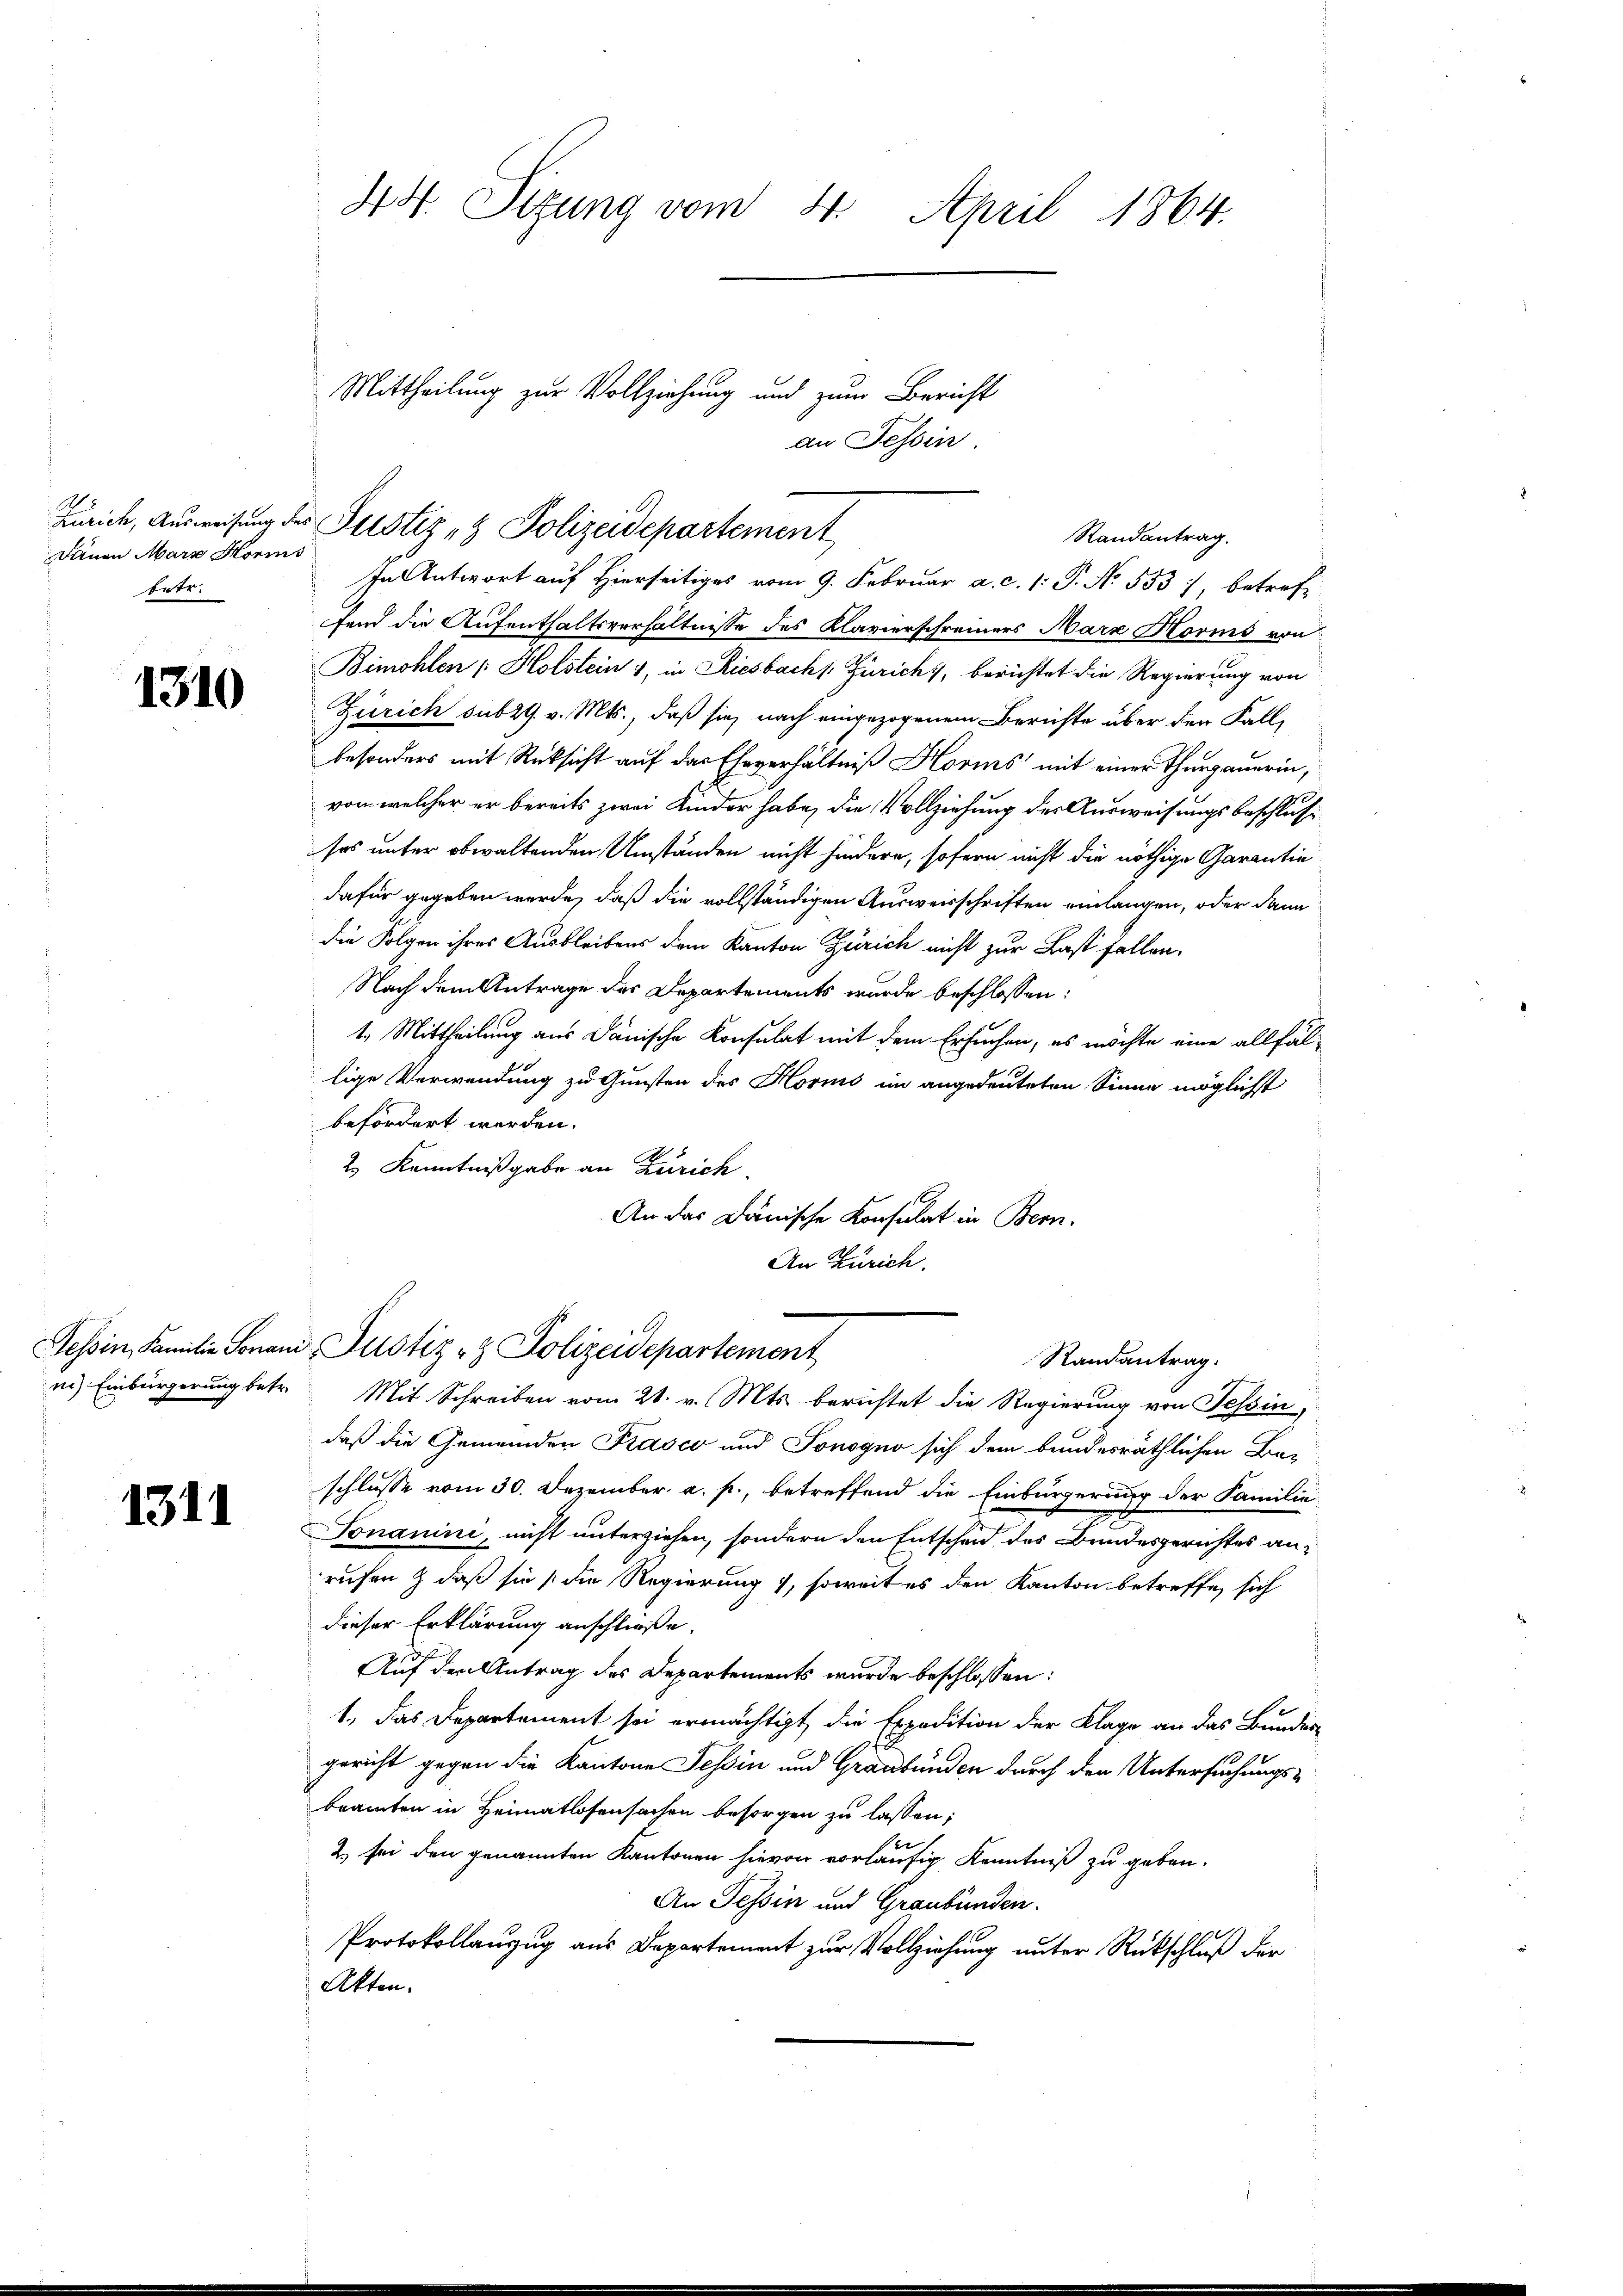
Zürich, Ausweisung de
Dänen Marc Horis
betr.

1310

Tessin, Familie Sonan
n.) Einbürgerung betr.

1311

44. Sitzung vom 4. April 1864.

Mittheilung zur Vollziehung und zum Bericht
an Tessin.
 Justiz- & Polizeidepartement
Randantrag.

In Antwort auf Hierseitiges vom 9. Februar a. c. 1: P. No. 533 betrefffend die Aufenthaltsverhältnisse des Klavierschreiners Mark Horis von
Bimohlen (Holstein 1, in Riesbachs: Zürich, berichtet die Regierung von
Zürich sub 29. v. Mts., daß sie nach eingezogenem Berichte über den Fall,
besonders mit Rücksicht auf das Eheverhältniß Horis mit einer Thurgauerin,
e
von welcher er bereits zwei Kinder habe, die Vollziehung der Ausweisungsbeschlusses unter obwaltenden Umständen nicht hindere, sofern nicht die nöthige Garantin
dafür gegeben werde, daß die vollständigen Ausverschriften einlangen, oder dann
die Folgen ihres Ausbleibens dem Kanton Zürich nicht zur Last fallen.
Nach dem Antrage des Departements wurde beschlossen:
1. Mittheilung aus Dänische Konsulat mit dem Ersuchen, es möchte eine allfällige Verwendung zu Gunsten des Horio im angedeuteten Sinne möglichst
befördert werden.
2.) Kenntnißgabe an Zürich,
An das Dänische Konsulat in Bern.
An Zürich.
Justiz- & Polizeidepartement
Randantrag.
g
Mit Schreiben vom 21. v. Mts. berichtet die Regierung von Tessin,
daß die Gemeinden Kasco und Ponogno sich dem bundesräthlichen Be-
schlusse vom 30. Dezember a. p., betreffend die Einbürgerung der Familie
Ponanini, nicht unterziehen, sondern den Entscheid, des Bundesgerichtes anrufen & daß sie die Regierung , soweit es den Kanton betreffe, sich
dieser Erklärung anschließe.
Auf den Antrag des Departements wurde beschlossen:
1., das Departement sei ermächtigt, die Expedition der Klage an das Bundes-
gericht gegen die Kantone Tessin und Graubünden durch den Untersuchungs-
beamten in Heimatlosensachen besorgen zu lassen;
b
2. sei den genannten Kantonen hievon vorläufig Kenntniß zu geben.
An Tessin und Graubünden.
Protokollanzug aus Departement zur Vollziehung unter Rückschluß der
Akten.